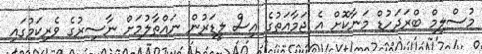
މުސްލިމް ބްރަދަހުޑް މަނާކޮށް އެ ޖަމާއަތުގެ އިސް ލީޑަރުން ނައްތާލުމަށް ނާސިރުގެ ވެރިކަމުގައި